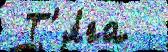
 Т'я́га